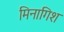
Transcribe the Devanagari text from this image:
मिनागिश